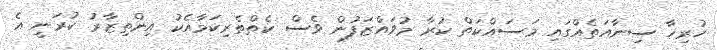
ހުރިހާ ސިނާއަތެއްގައި މަސައްކަތް ކުރާ މުވައްޒަފުން ވެސް ކެތްތެރިކަމާއެކު އިންތިޒާރު ކުރަނީ އެ